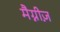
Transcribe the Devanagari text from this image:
मैग्नीज़